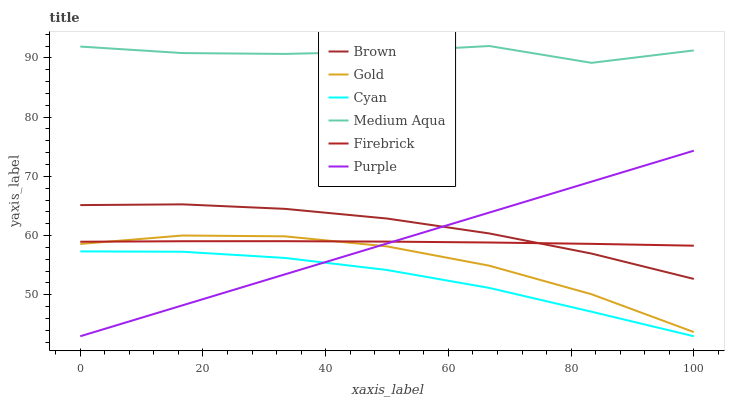
| xaxis_label | Brown | Gold | Cyan | Medium Aqua | Firebrick | Purple |
 | --- | --- | --- | --- | --- | --- | --- |
 | 0 | 65.1 | 58.6 | 57.3 | 91.9 | 59 | 43 |
 | 16.7 | 65.3 | 60 | 57.3 | 90.8 | 59 | 48.2 |
 | 33.3 | 64.5 | 59.9 | 56.2 | 90.7 | 59 | 53.4 |
 | 50 | 62.9 | 58.2 | 54.2 | 91.1 | 59 | 58.7 |
 | 66.7 | 60.4 | 54.9 | 51.2 | 92 | 58.8 | 63.9 |
 | 83.3 | 57 | 50.1 | 47.1 | 89.2 | 58.6 | 69.1 |
 | 100 | 52.7 | 43.7 | 43 | 91.3 | 58.3 | 74.3 |